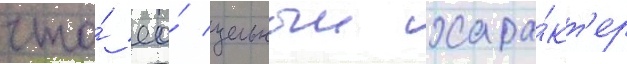
что́ ео́ цельныи хара́кт'ер